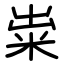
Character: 粜